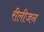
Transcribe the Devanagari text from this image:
रीलीजन